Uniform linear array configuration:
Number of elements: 4
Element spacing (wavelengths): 0.25
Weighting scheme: uniform
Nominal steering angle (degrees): -60
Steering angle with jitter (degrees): -58.388
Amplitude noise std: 0.05
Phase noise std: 0.05

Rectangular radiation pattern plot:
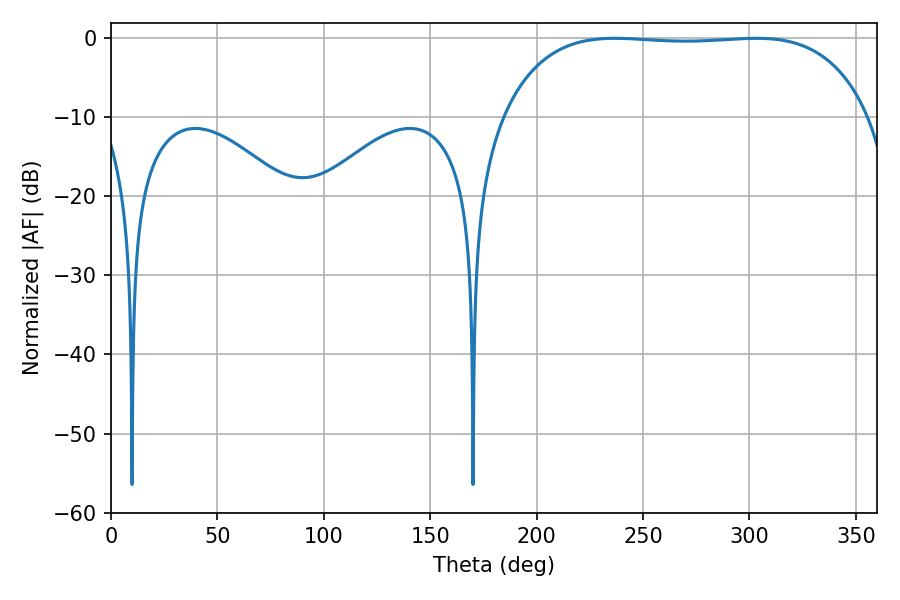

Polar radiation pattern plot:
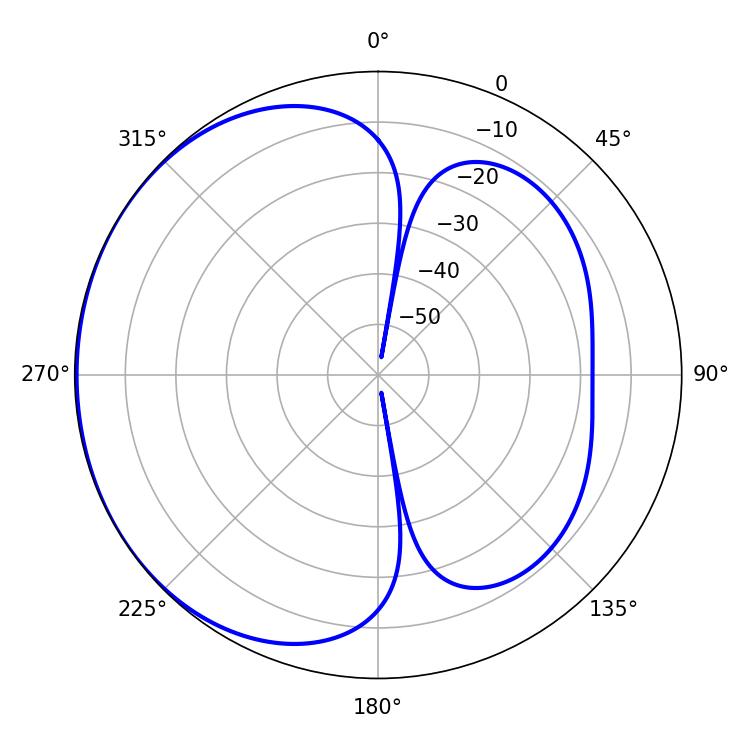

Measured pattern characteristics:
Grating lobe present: FALSE
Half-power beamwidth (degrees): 135.36
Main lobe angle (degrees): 236.7